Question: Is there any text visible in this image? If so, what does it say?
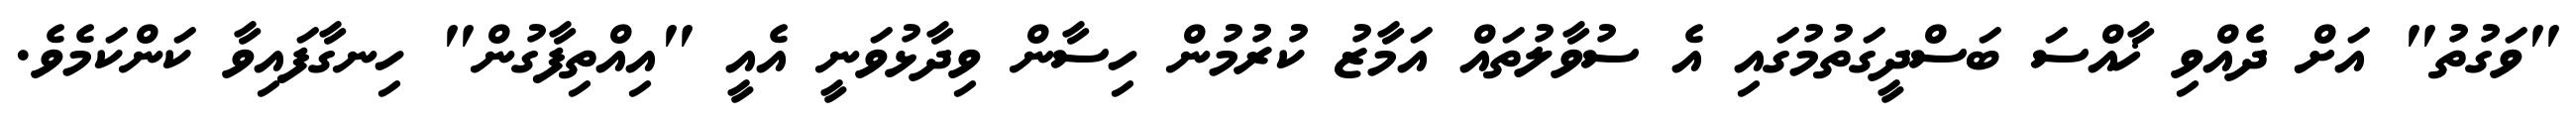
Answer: "ވަގުތު" އަށް ދެއްވި ޚާއްސަ ބަސްދީގަތުމުގައި އެ ސުވާލުތައް އަމާޒު ކުރުމުން ހިސާން ވިދާޅުވަނީ އެއީ "އިއްތިފާގުން" ހިނގާފައިވާ ކަންކަމެވެ.